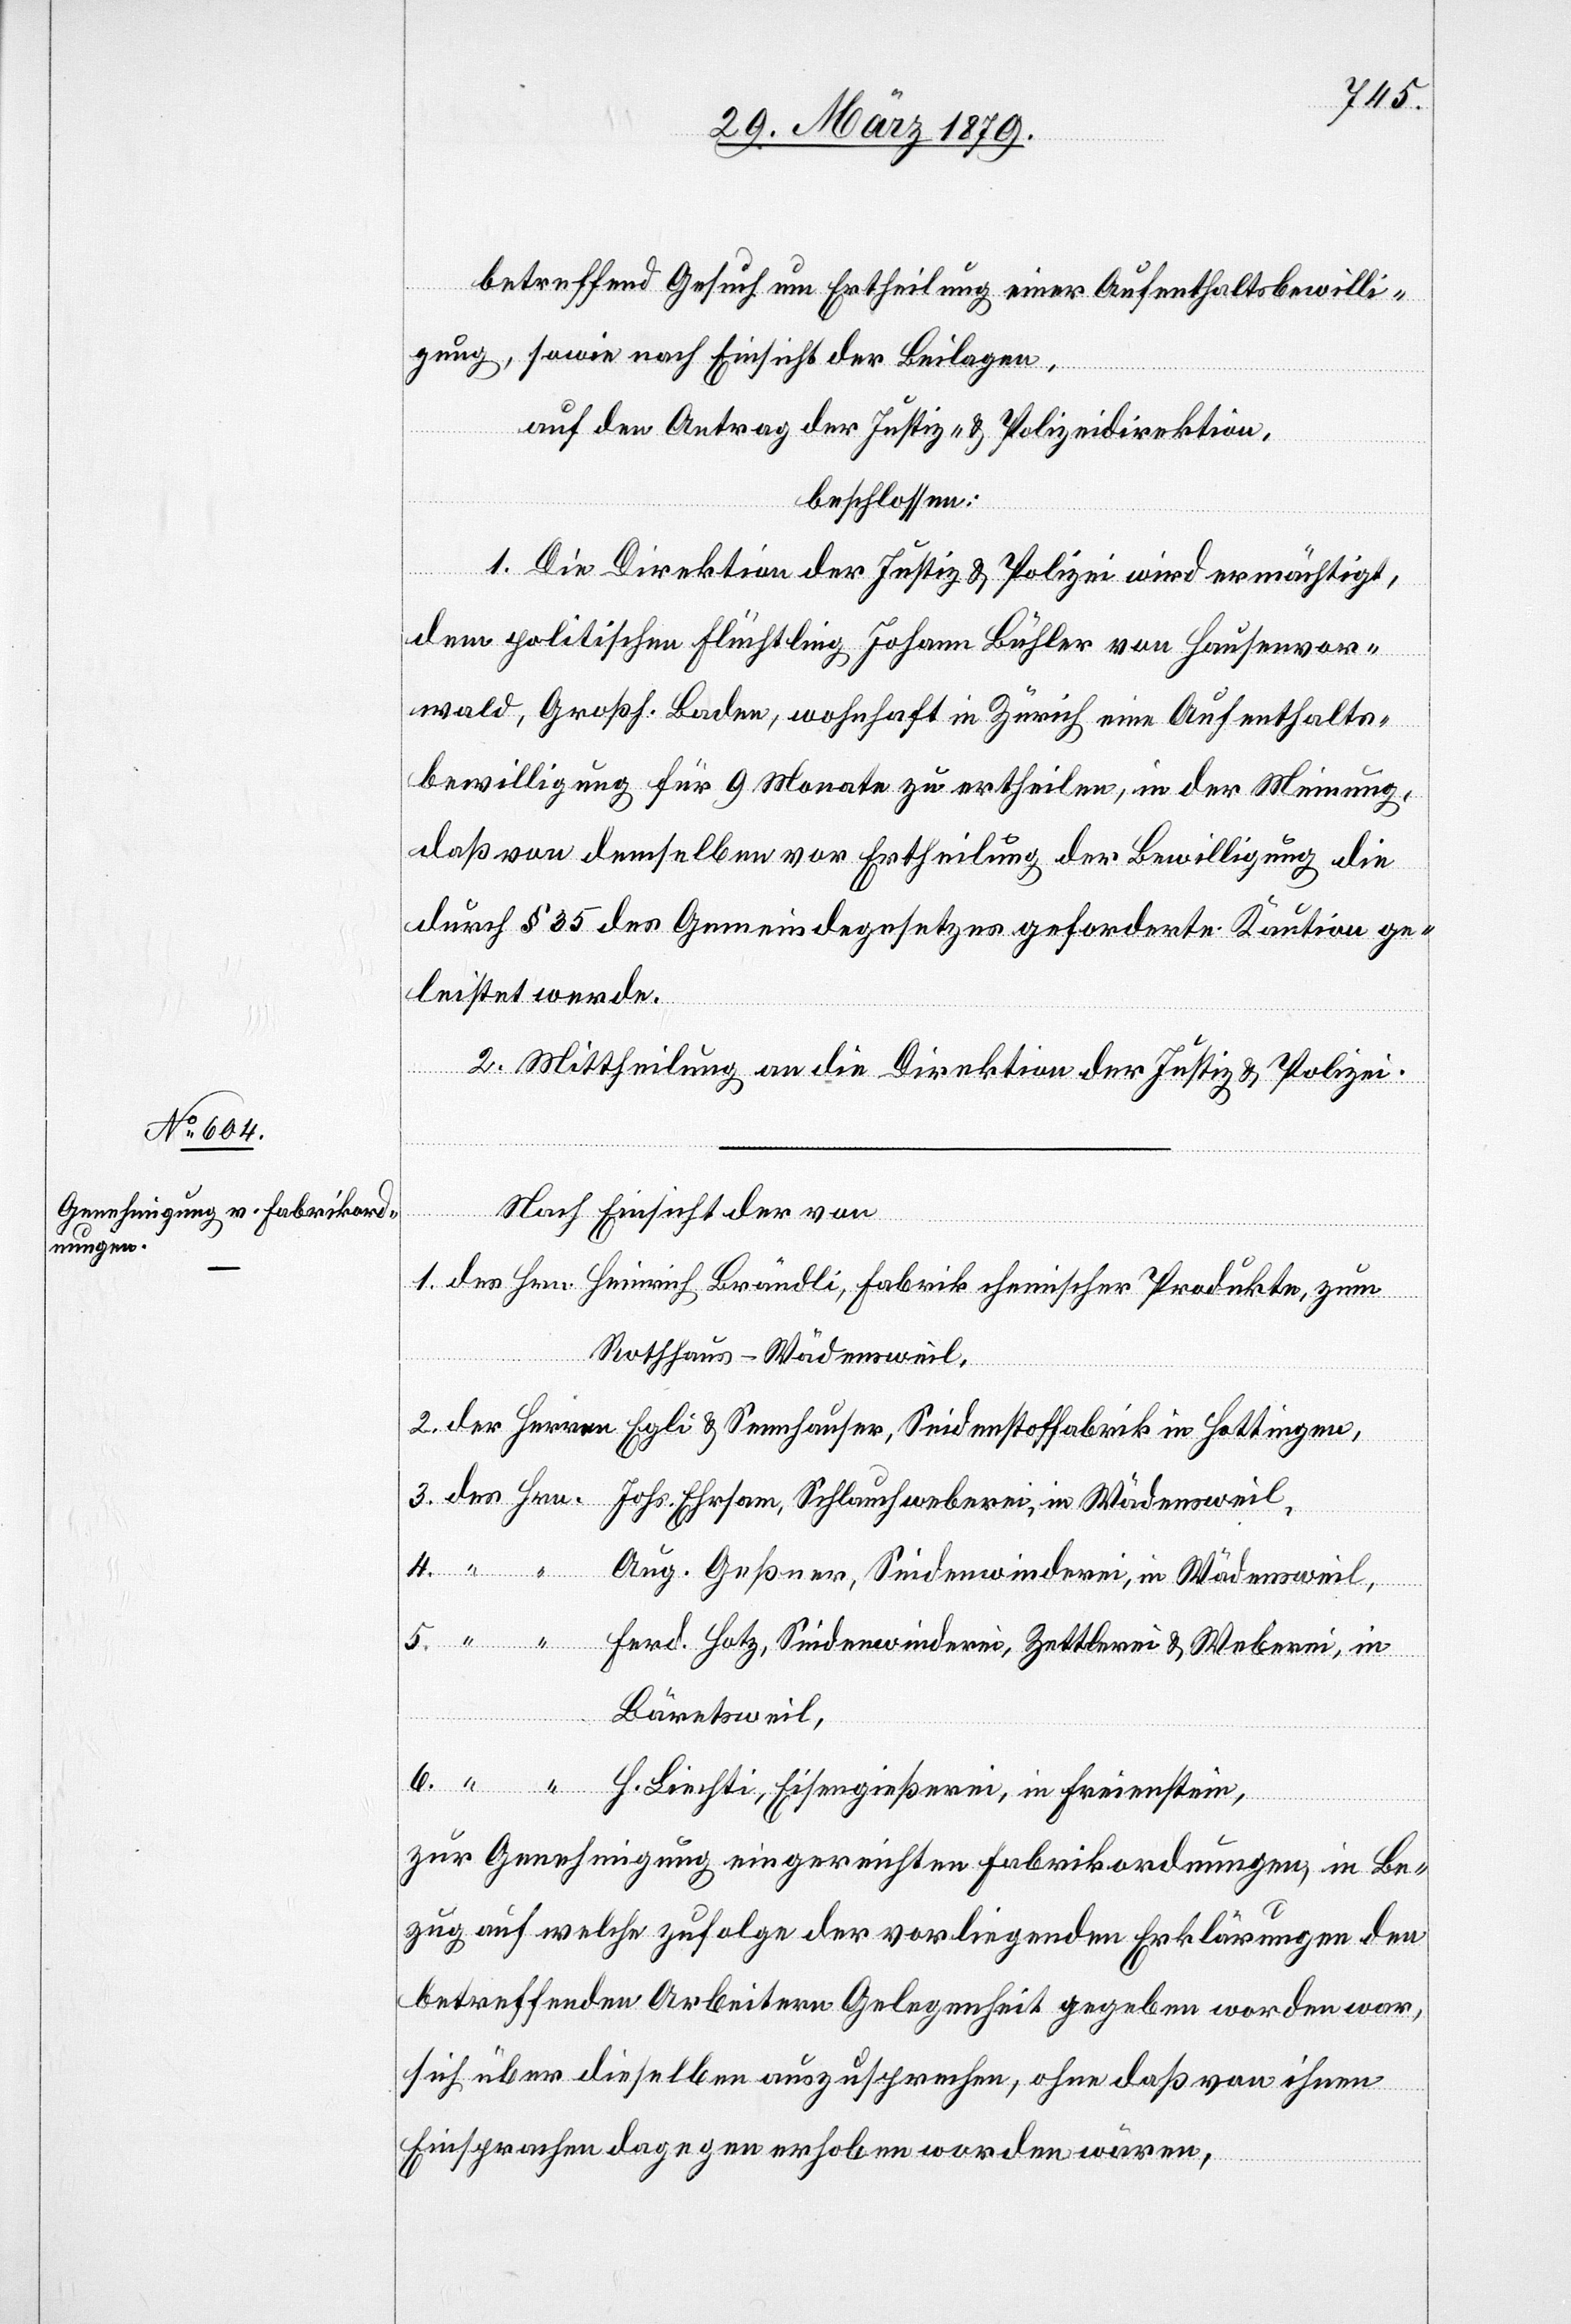
5.
betreffend Gesuch um Ertheilung einer Aufenthaltsbewilli¬
gung, sowie nach Einsicht der Beilagen,
auf den Antrag der Justiz- & Polizeidirektion,
beschlossen:
1. Die Direktion der Justiz & Polizei wird ermächtigt,
dem politischen Flüchtling Johann Bühler von Hausenvor¬
wald, Großh. Baden, wohnhaft in Zürich eine Aufenthalts¬
bewilligung für 9 Monate zu ertheilen, in der Meinung,
daß von demselben vor Ertheilung der Bewilligung die
durch § 35 des Gemeindegesetzes geforderte Kaution ge¬
leistet werde.
2. Mittheilung an die Direktion der Justiz & Polizei.
Nach Einsicht der von
1. des Hrn. Heinrich Brändli, Fabrik chemischer Produkte, zum
Rothhaus - Wädensweil,
2. der Herren Egli & Sennhauser, Seidenstoffabrik in Hottingen,
3. des Hrn. Johs. Ehrsam, Schlauchweberei, in Wädensweil,
4. “ “
Aug. Geßner, Seidenwinderei, in Wädensweil,
“
Ferd. Hotz, Seidenwinderei, Zettlerei & Weberei, in
Bäretsweil,
6. “ “ H. Liechti, Eisengießerei, in Freienstein,
zur Genehmigung eingereichten Fabrikordnungen, in Be¬
zug auf welche zufolge der vorliegenden Erklärungen den
betreffenden Arbeitern Gelegenheit gegeben worden war,
sich über dieselben auszusprechen, ohne daß von ihnen
Einsprachen dagegen erhoben worden wären,